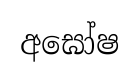
අඝෝෂ